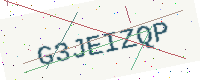
Text: G3JEIZQP